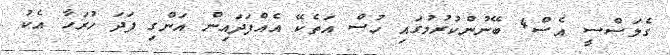
ގެލަސްސީ އެސް4 ބޭނުންކުރުމުގައި ހުސް އަތެކޭ އެއްފަދައިން އަންގި ފަދަ ހުރަހާ އެކު